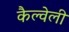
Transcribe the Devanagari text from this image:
कैल्वेली